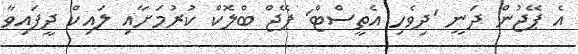
އެ ޕޭޖުން ދަނީ 'ދިވެހި އެތީސްޓް' ޕޭޖް ބްލޮކް ކުރުމަށާއި ލައިކް ދީފައިވާ